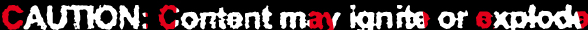
CAUTION: Content may ignite or explode